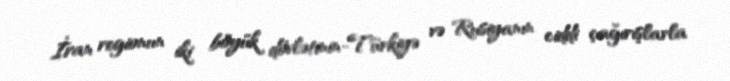
İran regionun iki böyük dövlətinin-Türkiyə və Rusiyanın ciddi çağırışlarla